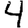
Digit: 4